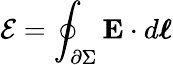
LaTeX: {\mathcal{E}}=\oint_{\partial\Sigma}\mathbf{E}\cdot d{\boldsymbol{\ell}}